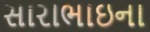
સારાભાઇના